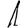
Digit: 1